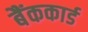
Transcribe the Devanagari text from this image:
बैंककार्ड